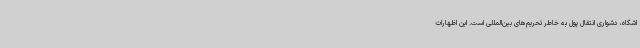
اشگاه، دشواری انتقال پول به خاطر تحریم‌های بین‌المللی است. این اظهارات